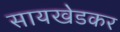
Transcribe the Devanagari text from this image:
सायखेडकर